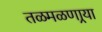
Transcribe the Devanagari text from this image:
तळमळणार्‍या